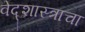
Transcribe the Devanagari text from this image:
वेद्शास्त्राचा